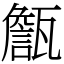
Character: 甔